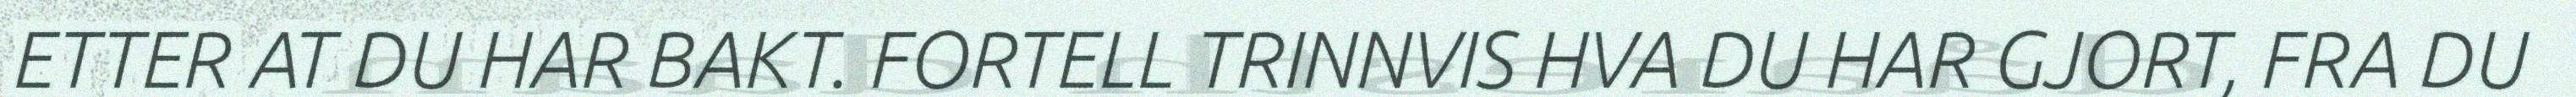
ETTER AT DU HAR BAKT. FORTELL TRINNVIS HVA DU HAR GJORT, FRA DU